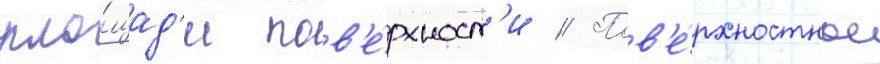
пло́щад'и пов'е́рхност'и // Пов'е́рхностное